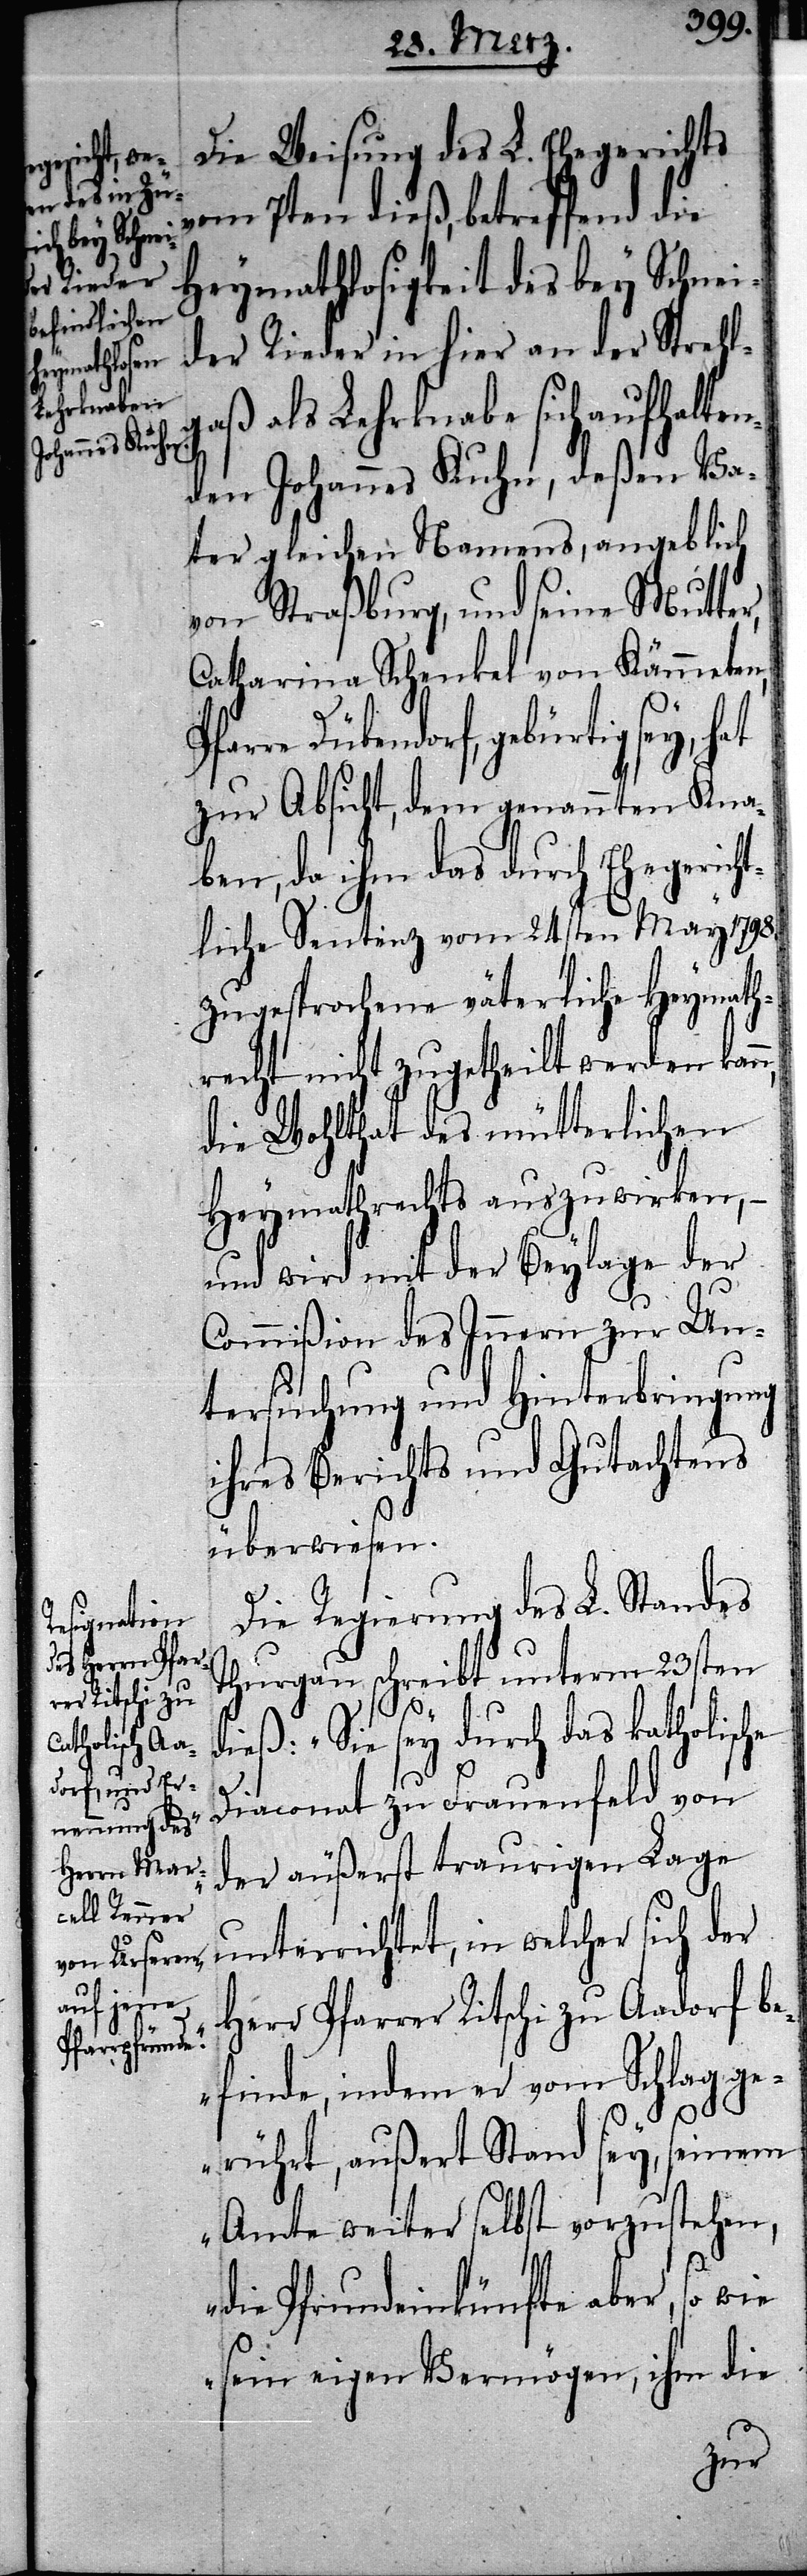
Die Weisung des L. Ehegerichts
vom 7ten dieß, betreffend die
Heymathlosigkeit des bey Schnei¬
der Rieder in hier an der Strehl¬
gaß als Lehrknabe sich aufhalten¬
den Johannes Kuhn, deßen Va¬
ter gleichen Namens, angeblich
von Straßburg, und seine Mutter,
Catharina Schenkel von Kämmeten,
dorf, gebürtig sey, hat
zur Absicht, dem genannten Kna¬
ben, da ihm das durch Ehegericht¬
liche Sentenz vom 24sten May 1798.
zugesprochene väterliche Heymath¬
recht nicht zugetheilt werden kan¬
die Wohlthat des mütterlichen
Heymathrechts auszuwirken, –
und wird mit der Beylage der
Commißion des Innern zur Un¬
tersuchung und Hinterbringung
ihres Berichts und Gutachtens
überwiesen.
Die Regierung des L. Standes
Thurgau schreibt unterm 23sten
dieß: „Sie sey durch das katholische
n,
Diaconat zu Frauenfeld von
der äußerst traurigen Lage
unterrichtet, in welcher sich der
Herr Pfarrer Ritschi zu Aadorf be¬
Pfarre Düben¬
finde, indem er vom Schlag ge¬
rührt, außert Stand sey, seinem
Amte weiter selbst vorzustehen,
die Pfrundeinkünfte aber, so wie
sein eigen Vermögen, ihm die